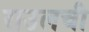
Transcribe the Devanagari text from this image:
राउलची